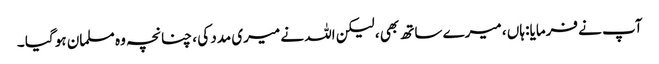
آپ نے فرمایا: ہاں ، میرے ساتھ بھی ، لیکن اللہ نے میری مدد کی ، چنانچہ وہ مسلمان ہو گیا ۔